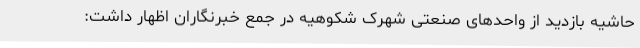
حاشیه بازدید از واحدهای صنعتی شهرک شکوهیه در جمع خبرنگاران اظهار داشت: